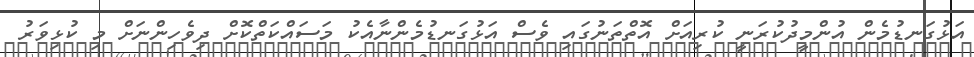
އަޅުގަނޑުމެން އުންމީދުކުރަނީ ކުރިއަށް އޮތްތަނުގައި ވެސް އަޅުގަނޑުމެންނާއެކު މަސައްކަތްކޮށް ދިވެހިންނަށް މި ކުޅިވަރު